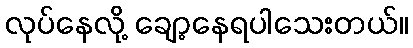
လုပ်နေလို့ ချော့နေရပါသေးတယ်။